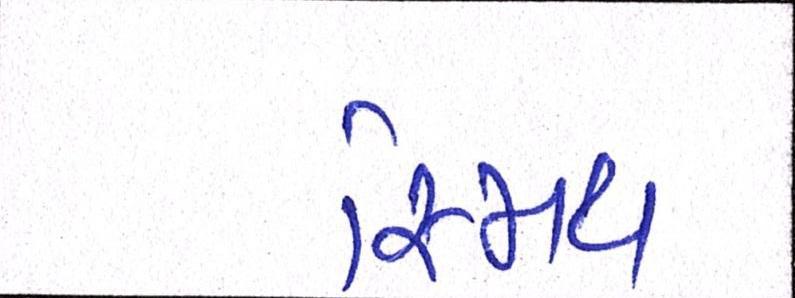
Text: સ્મિથ